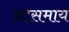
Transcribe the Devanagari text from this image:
आसमाय